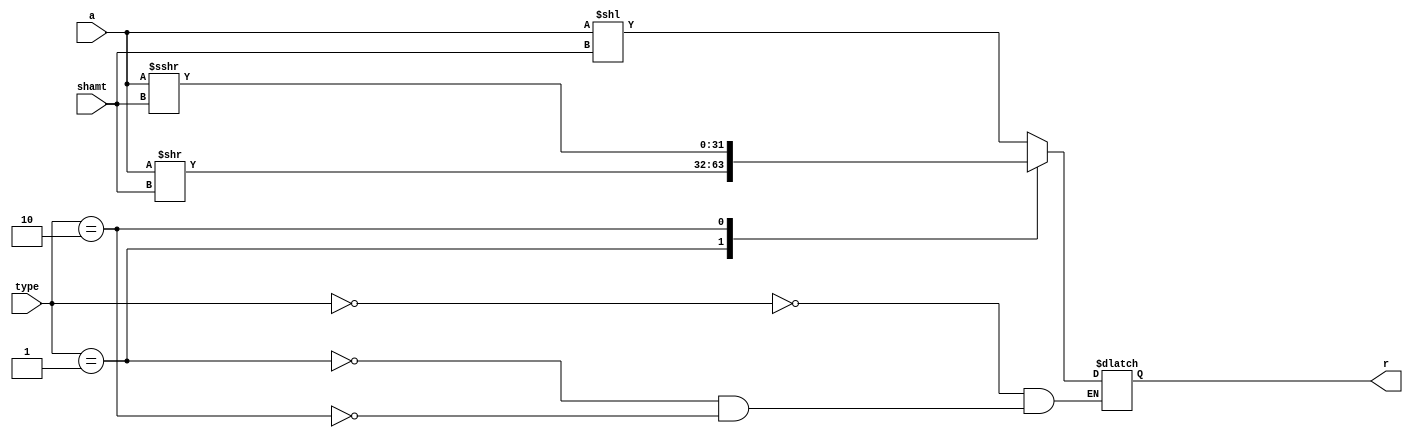
`timescale 1ns / 1ps
module shifter(
input [31:0] a,
input [4:0] shamt,
input [1:0] type,
output reg [31:0] r
    );
    
    always @(*)
    case(type)
    2'b00: r = (a<<shamt); //SLL
    2'b01: r = (a>>shamt); //SRL
    2'b10: r = $signed(a)>>>shamt; //SRA
    endcase
endmodule